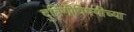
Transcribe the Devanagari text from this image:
दुर्बिणीविषयीच्या